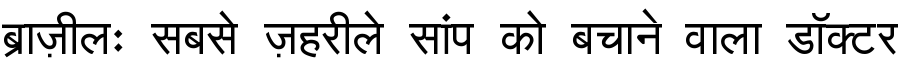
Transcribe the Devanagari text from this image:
ब्राज़ीलः सबसे ज़हरीले सांप को बचाने वाला डॉक्टर